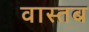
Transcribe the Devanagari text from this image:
वास्तब